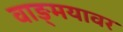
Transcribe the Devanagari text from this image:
वाङ्‌मयावर